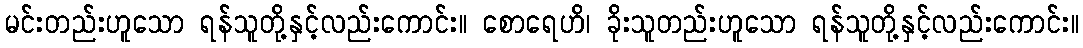
မင်းတည်းဟူသော ရန်သူတို့နှင့်လည်းကောင်း။ စောရေဟိ၊ ခိုးသူတည်းဟူသော ရန်သူတို့နှင့်လည်းကောင်း။